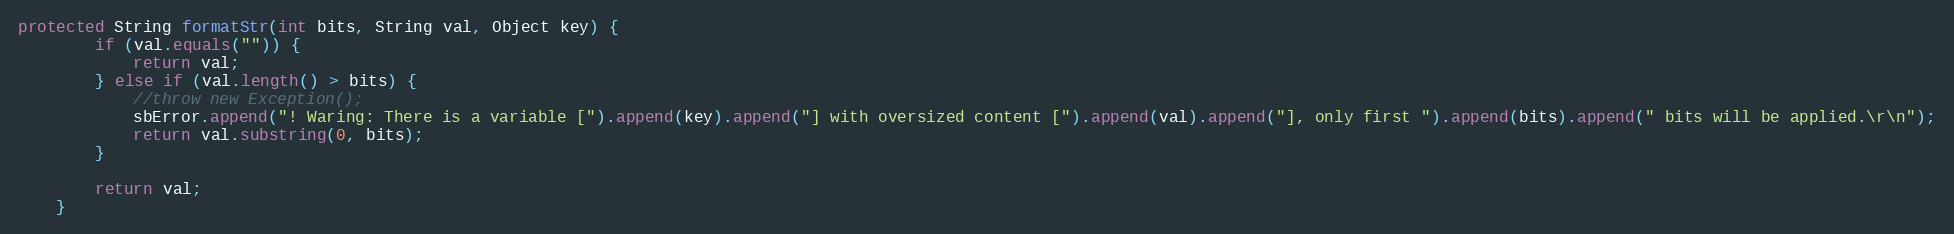
Language: Java
protected String formatStr(int bits, String val, Object key) {
        if (val.equals("")) {
            return val;
        } else if (val.length() > bits) {
            //throw new Exception();
            sbError.append("! Waring: There is a variable [").append(key).append("] with oversized content [").append(val).append("], only first ").append(bits).append(" bits will be applied.\r\n");
            return val.substring(0, bits);
        }

        return val;
    }